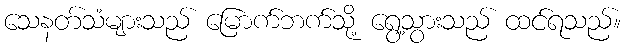
သေနတ်သံများသည် မြောက်ဘက်သို့ ရွေ့သွားသည် ထင်ရသည်။